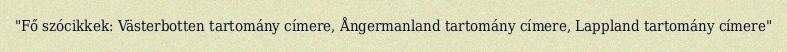
"Fő szócikkek: Västerbotten tartomány címere, Ångermanland tartomány címere, Lappland tartomány címere"